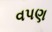
વપણ